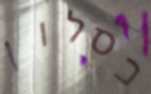
כסלון